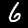
Label: 6